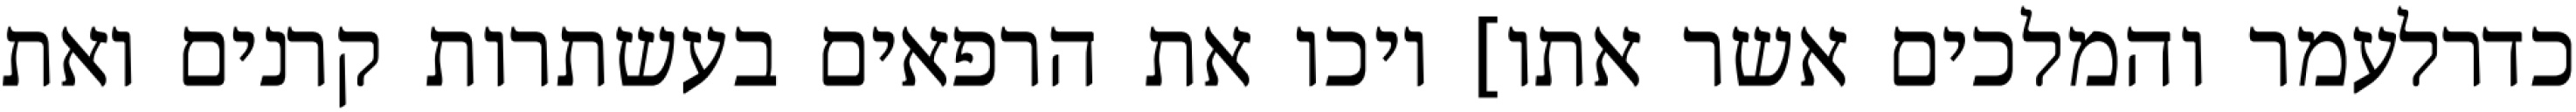
כדרלעמר והמלכים אשר אתו] ויכו את הרפאים בעשתרות קרנים ואת